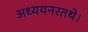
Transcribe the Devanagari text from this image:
अध्ययनरतथे।